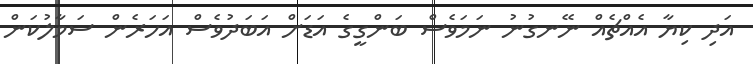
އަދި ކިޔާ އެއްޗެއް ނޭނގުނު ނަމަވެސް ބަންގީގެ އަޑަށް އަބަދުވެސް އަހަރެން ސަމާލުކަން